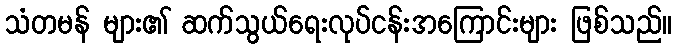
သံတမန် များ၏ ဆက်သွယ်ရေးလုပ်ငန်းအကြောင်းများ ဖြစ်သည်။